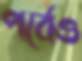
পর্বেও